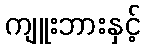
ကျူးဘားနှင့်